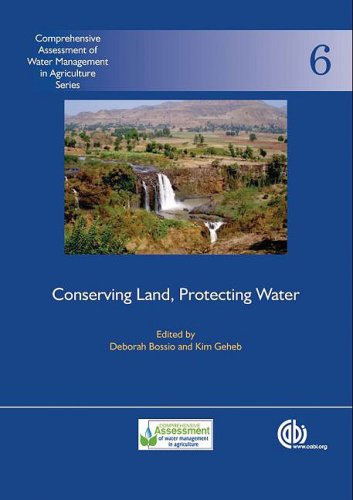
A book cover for Conserving Land, Protecting Water (Comprehensive Assessment of Water Management in Agriculture Series); Deborah Bossio; Science & Math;